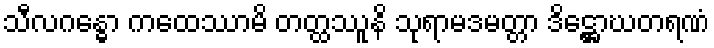
သီလဂန္ဓော ကထေဿာမိ တတ္ထဿူနိ သုရာမဒမတ္တာ ဒိဋ္ဌောဃတရဏံ